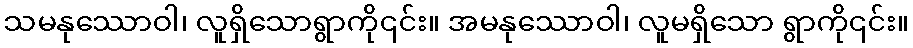
သမနုဿောဝါ၊ လူရှိသောရွာကို၎င်း။ အမနုဿောဝါ၊ လူမရှိသော ရွာကို၎င်း။